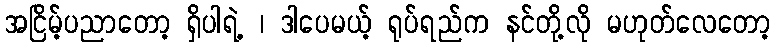
အငြိမ့်ပညာတော့ ရှိပါရဲ့ ၊ ဒါပေမယ့် ရုပ်ရည်က နင်တို့လို မဟုတ်လေတော့